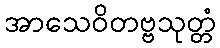
အာသေဝိတဗ္ဗသုတ္တံ